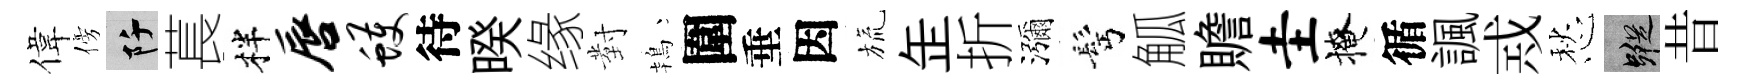
偉傍阡萇柈唇蠖待暌缘對鴇圍垂因旒𦈢折瀰髩觚贍圭掩循諷𢦶愁蹤昔